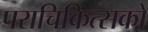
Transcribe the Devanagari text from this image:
पराचिकित्सकों